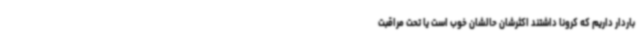
باردار داریم که کرونا داشتند اکثرشان حالشان خوب است یا تحت مراقبت